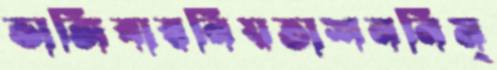
ভাঙ্গিবারনিয়তাশননিম্